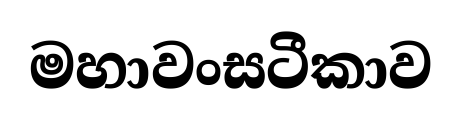
මහාවංසටීකාව